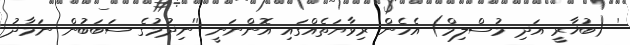
' (ބުޚާރީ އަދި މުސްލިމް) އެހެން ރިވާޔަތެއްގައި އޮންނަނީ ''ނިދުމުގެ ސަބަބުން ނަމާދު